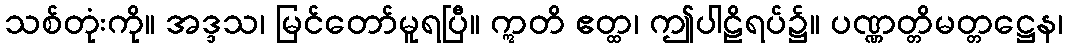
သစ်တုံးကို။ အဒ္ဒသ၊ မြင်တော်မူရပြီ။ ဣတိ ဧတ္ထ၊ ဤပါဠိရပ်၌။ ပဏ္ဏတ္တိမတ္တဋ္ဌေန၊